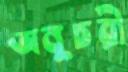
অনুচরী